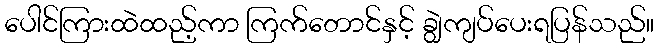
ပေါင်ကြားထဲထည့်ကာ ကြက်တောင်နှင့် ချွဲကျပ်ပေးရပြန်သည်။